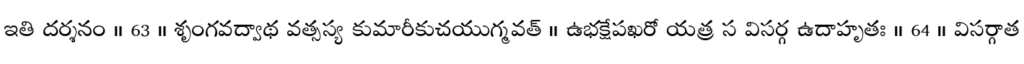
ఇతి దర్శనం ॥ 63 ॥ శృంగవద్వాథ వత్సస్య కుమారీకుచయుగ్మవత్ ॥ ఉభక్షేపఖరో యత్ర స విసర్గ ఉదాహృతః ॥ 64 ॥ విసర్గాత